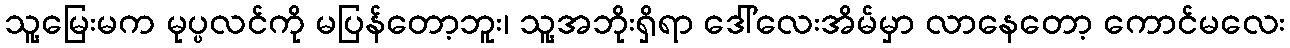
သူ့မြေးမက မုပ္ပလင်ကို မပြန်တော့ဘူး၊ သူ့အဘိုးရှိရာ ဒေါ်လေးအိမ်မှာ လာနေတော့ ကောင်မလေး